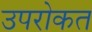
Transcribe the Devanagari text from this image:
उपरोकत